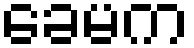
ခေမက